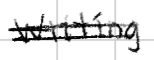
Text: Writing
Cross-out: double-line
Writing tool: digital_black